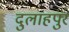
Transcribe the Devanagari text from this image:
दुलाहपुर